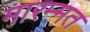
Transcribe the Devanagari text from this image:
मारम्मत